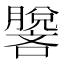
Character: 𰯢